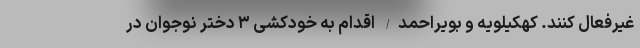
غیرفعال کنند. کهکیلویه و بویراحمد/ اقدام به خودکشی ۳ دختر نوجوان در